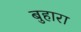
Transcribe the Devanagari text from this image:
बुहारा